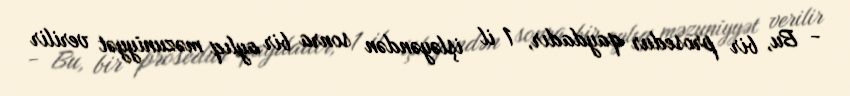
- Bu, bir prosedur qaydadır, 1 il işləyəndən sonra bir aylıq məzuniyyət verilir